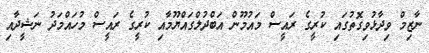
ނާޒިމް ވިދާޅުވިގޮތުގައި ކުރީގެ ރައީސް މައުމޫން އަބްދުލްގައްޔޫމާއި ކުރީގެ ރައީސް މުހައްމަދު ނަޝީދާއި